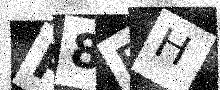
Text: P8BH